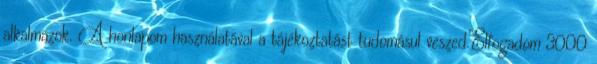
alkalmazok. A honlapom használatával a tájékoztatást tudomásul veszed.Elfogadom 3000